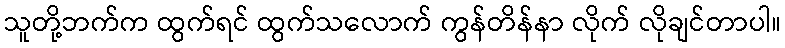
သူတို့ဘက်က ထွက်ရင် ထွက်သလောက် ကွန်တိန်နာ လိုက် လိုချင်တာပါ။